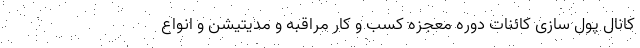
کانال پول سازی کائنات دوره معجزه کسب و کار مراقبه و مدیتیشن و انواع